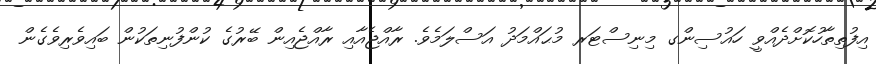
އިފުތިތާހުކޮށްދެއްވީ ހައުސިންގ މިނިސްޓަރ މުޙައްމަދު އަސްލަމެވެ. ރާއްޖެއާއި ރާއްޖެއިން ބޭރުގެ ކުންފުނިތަކުން ބައިވެރިވެގެން